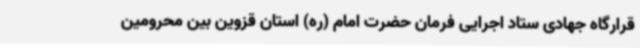
قرارگاه جهادی ستاد اجرایی فرمان حضرت امام (ره) استان قزوین بین محرومین